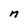
Character: n